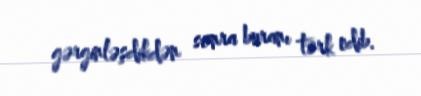
gərginləşdikdən sonra buranı tərk edib.